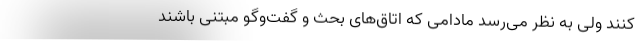
کنند ولی به نظر می‌رسد مادامی که اتاق‌های بحث و گفت‌وگو مبتنی باشند